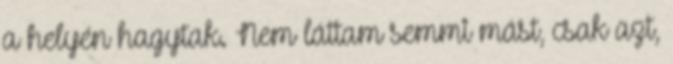
a helyén hagytak. Nem láttam semmi mást, csak azt,